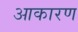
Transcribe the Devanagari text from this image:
आकारण